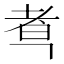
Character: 䎞